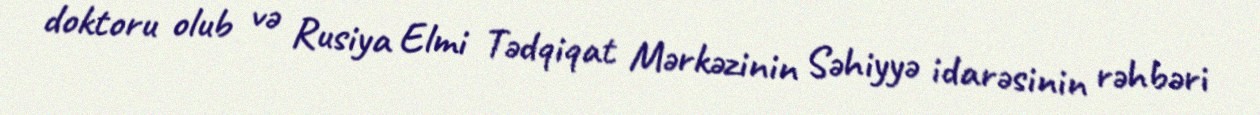
doktoru olub və Rusiya Elmi Tədqiqat Mərkəzinin Səhiyyə idarəsinin rəhbəri